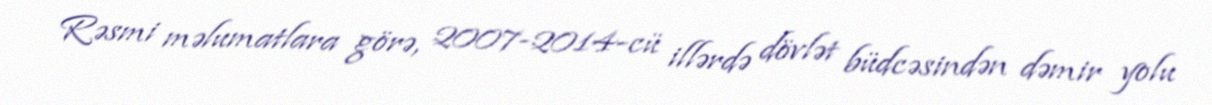
Rəsmi məlumatlara görə, 2007-2014-cü illərdə dövlət büdcəsindən dəmir yolu